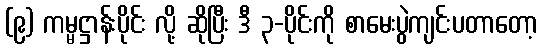
(၉) ကမ္မဋ္ဌာန်းပိုင်း လို့ ဆိုပြီး ဒီ ၃-ပိုင်းကို စာမေးပွဲကျင်းပတာတော့